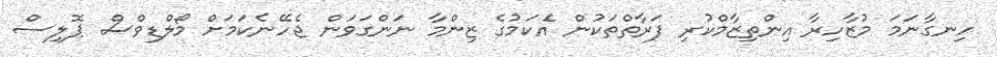
ހިނގާނަމަ މުޒާހިރާ އިންތިޒާމްކުރި ފަރާތްތަކުން އެކަމުގެ ޒިންމާ ނަންގަވަން ޖެހޭނެކަމަށް މޯލްޑިވްސް ޕޮލިސް